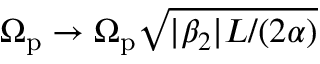
\Omega _ { \mathrm { p } } \rightarrow \Omega _ { \mathrm { p } } \sqrt { | \beta _ { 2 } | L / ( 2 \alpha ) }